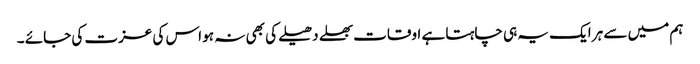
ہم میں سے ہر ایک یہ ہی چاہتا ہے اوقات بھلے دھیلے کی بھی نہ ہو اس کی عزت کی جائے ۔